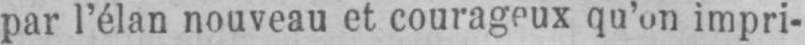
par l’élan nouveau et courageux qu’on impri-